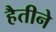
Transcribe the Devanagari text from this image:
हैतीने